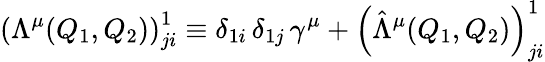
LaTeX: \left(\Lambda^{\mu}(Q_{1},Q_{2})\right)_{ji}^{1}\equiv\delta_{1i}\, \delta_{1j}\, \gamma^{\mu}+\left(\hat{\Lambda}^{\mu}(Q_{1},Q_{2})\right)_{ji}^{1}